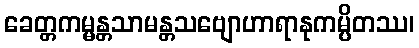
ခေတ္တကမ္မန္တသာမန္တသဗျောဟာရာနုကမ္ပိတဿ၊